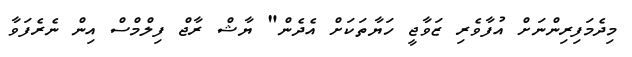
މިދެމަފިރިންނަށް އުފާވެރި ޒަވާޖީ ހަޔާތަކަށް އެދެން" ޔާޝް ރާޖް ފިލްމްސް އިން ނެރެފަވާ